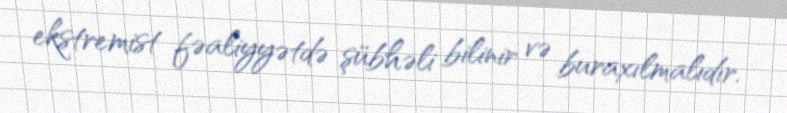
ekstremist fəaliyyətdə şübhəli bilinir və buraxılmalıdır.